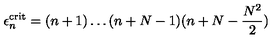
\epsilon _ { n } ^ { \mathrm { c r i t } } = ( n + 1 ) \dots ( n + N - 1 ) ( n + N - \frac { N ^ { 2 } } { 2 } )